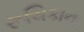
રૂચિકાના